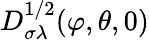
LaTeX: D_{\sigma\lambda}^{1/2}(\varphi,\theta,0)